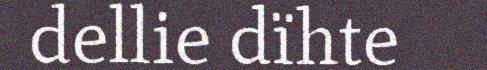
dellie dïhte